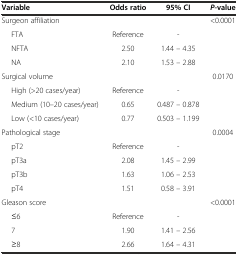
<table><thead><tr><td><b>Variable</b></td><td><b>Odds ratio</b></td><td><b>95% CI</b></td><td><b><i>P</i>-value</b></td></tr></thead><tbody><tr><td>Surgeon affiliation</td><td></td><td></td><td>&lt;0.0001</td></tr><tr><td>FTA</td><td>Reference</td><td>-</td><td></td></tr><tr><td>NFTA</td><td>2.50</td><td>1.44 – 4.35</td><td></td></tr><tr><td>NA</td><td>2.10</td><td>1.53 – 2.88</td><td></td></tr><tr><td>Surgical volume</td><td></td><td></td><td>0.0170</td></tr><tr><td>High (&gt;20 cases/year)</td><td>Reference</td><td>-</td><td></td></tr><tr><td>Medium (10–20 cases/year)</td><td>0.65</td><td>0.487 – 0.878</td><td></td></tr><tr><td>Low (&lt;10 cases/year)</td><td>0.77</td><td>0.503 – 1.199</td><td></td></tr><tr><td>Pathological stage</td><td></td><td></td><td>0.0004</td></tr><tr><td>pT2</td><td>Reference</td><td>-</td><td></td></tr><tr><td>pT3a</td><td>2.08</td><td>1.45 – 2.99</td><td></td></tr><tr><td>pT3b</td><td>1.63</td><td>1.06 – 2.53</td><td></td></tr><tr><td>pT4</td><td>1.51</td><td>0.58 – 3.91</td><td></td></tr><tr><td>Gleason score</td><td></td><td></td><td>&lt;0.0001</td></tr><tr><td>≤6</td><td>Reference</td><td>-</td><td></td></tr><tr><td>7</td><td>1.90</td><td>1.41 – 2.56</td><td></td></tr><tr><td>≥8</td><td>2.66</td><td>1.64 – 4.31</td><td></td></tr></tbody></table>